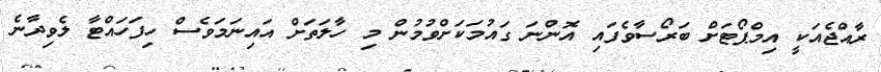
ރާއްޖެއަކީ އިމްޕޯޓަށް ބަރޯސާވެފައި އޮންނަ ގައުމަކަށްވުމުން މި ހާލަތަށް އައިނަމަވެސް ހިފަހައްޓާ ލެވިދާނެ